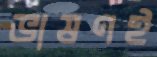
ভাষণই